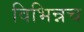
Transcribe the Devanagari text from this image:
विभिन्नच